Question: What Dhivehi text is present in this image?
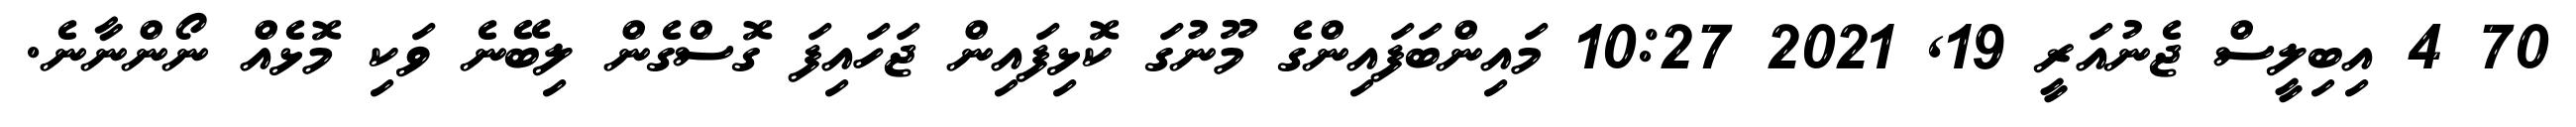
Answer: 70 4 އިބިލީސް ޖެނުއަރީ 19, 2021 10:27 މައިންބަފައިންގެ މޫނުގަ ކޮޅިފައިން ޖަހައިފަ ގޮސްގެން ލިބޭނެ ވަކި މޮޅެއް ނޯންނާނެ.